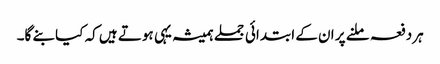
ہردفعہ ملنے پر ان کے ابتدائی جملے ہمیشہ یہی ہوتے ہیں کہ کیا بنے گا۔